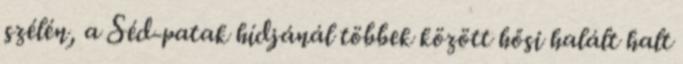
szélén, a Séd-patak hídjánál többek között hősi halált halt